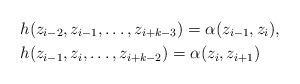
LaTeX: \begin{align*}&h(z_{i-2},z_{i-1},\dots,z_{i+k-3}) = \alpha(z_{i-1},z_{i}), \: \\& h(z_{i-1},z_i, \dots,z_{i+k-2}) = \alpha(z_i,z_{i+1})\end{align*}